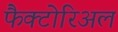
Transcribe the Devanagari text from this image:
फैक्टोरिअल